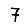
Digit: 7